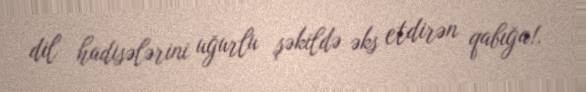
dil hadisələrini uğurlu şəkildə əks etdirən qabığa!.